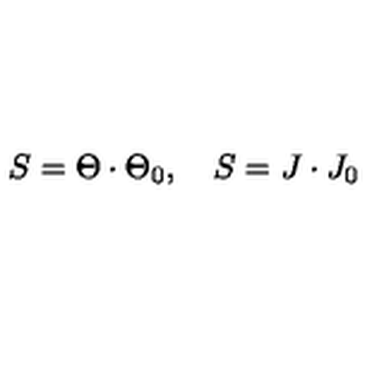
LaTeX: S = \Theta \cdot \Theta _ { 0 } , \quad S = J \cdot J _ { 0 }